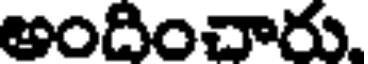
అందించారు.